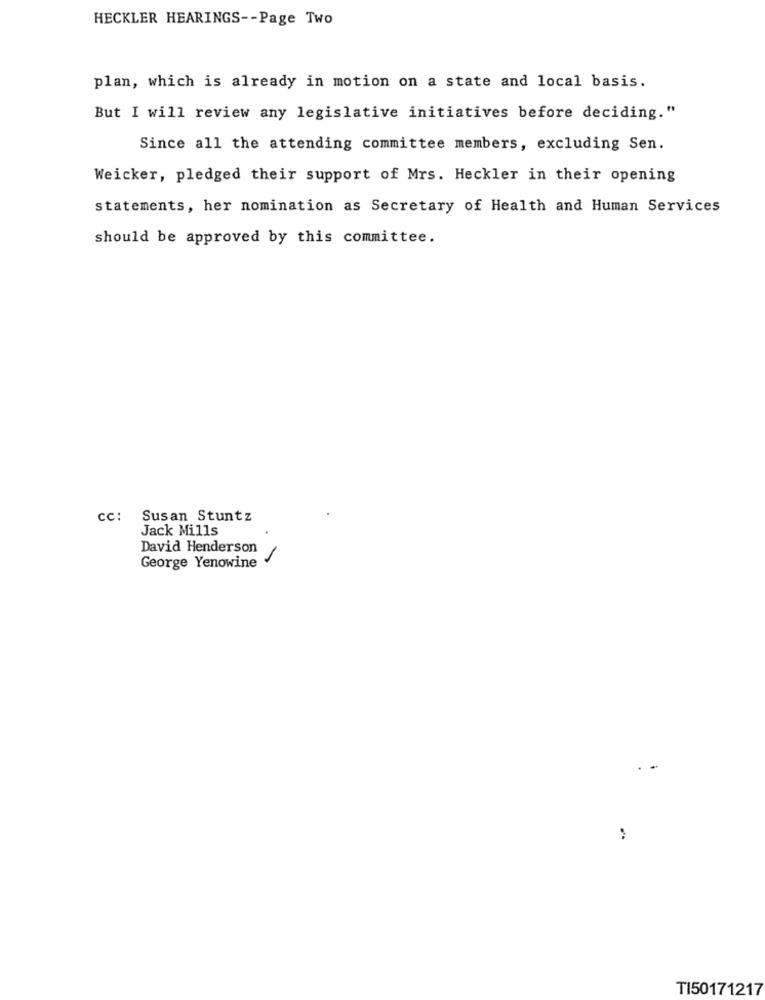
HECKLER HEARINGS -- Page Two
plan, which is already in motion on a state and local basis.
But I will review any legislative initiatives before deciding."
Since all the attending committee members, excluding Sen.
Weicker, pledged their support of Mrs. Heckler in their opening
statements, her nomination as Secretary of Health and Human Services
should be approved by this committee.
cc: Susan Stuntz
Jack Mills
David Henderson
-
George Yenowine
T150171217